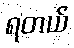
ရတယ်